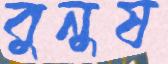
বুনুষ